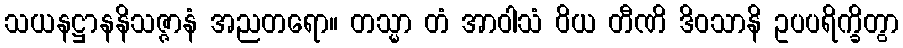
သယနဋ္ဌာနနိသဇ္ဇာနံ အညတရော။ တသ္မာ တံ အာဝါသံ ဝိယ တီဏိ ဒိဝသာနိ ဥပပရိက္ခိတွာ